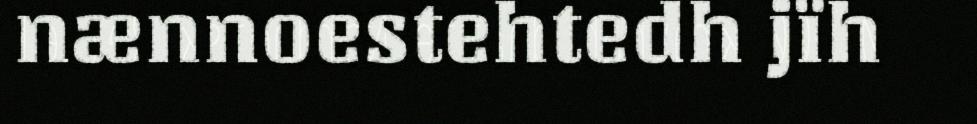
nænnoestehtedh jïh